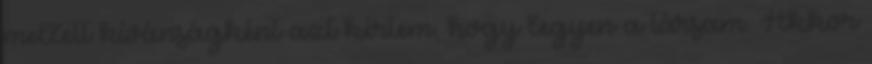
mellett kívánságként azt kértem, hogy legyen a társam. Akkor